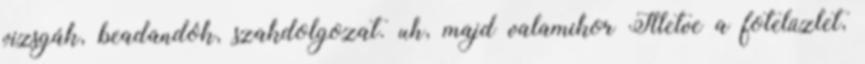
vizsgák, beadandók, szakdolgozat. uh, majd valamikor Illetve a fotelüzlet,